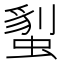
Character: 𧏇